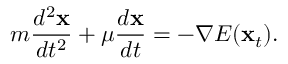
m \frac { d ^ { 2 } { \bf x } } { d t ^ { 2 } } + \mu \frac { d { \bf x } } { d t } = - \nabla E ( { \bf x } _ { t } ) .